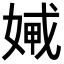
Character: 𡞨